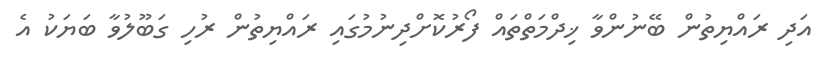
އަދި ރައްޔިތުން ބޭނުންވާ ޚިދްމަތްތައް ފޯރުކޮށްދިނުމުގައި ރައްޔިތުން ރުހި ގަބޫލުވާ ބަޔަކު އެ